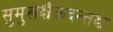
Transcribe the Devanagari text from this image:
सुमुखश्चैकदन्तश्च